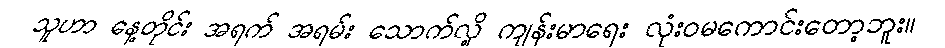
သူဟာ နေ့တိုင်း အရက် အရမ်း သောက်လို့ ကျန်းမာရေး လုံးဝမကောင်းတော့ဘူး။